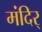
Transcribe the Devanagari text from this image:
मंदिर्